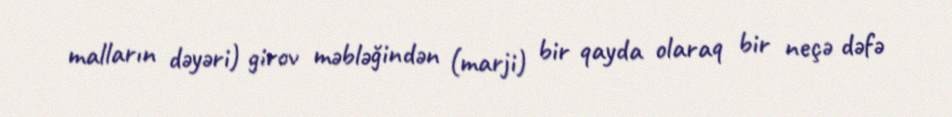
malların dəyəri) girov məbləğindən (marji) bir qayda olaraq bir neçə dəfə